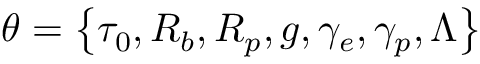
\theta = \left\{ \tau _ { 0 } , R _ { b } , R _ { p } , g , \gamma _ { e } , \gamma _ { p } , \Lambda \right\}